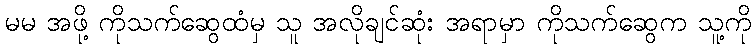
မမ အဖို့ ကိုသက်ဆွေထံမှ သူ အလိုချင်ဆုံး အရာမှာ ကိုသက်ဆွေက သူ့ကို